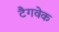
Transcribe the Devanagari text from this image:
टैगवेक